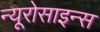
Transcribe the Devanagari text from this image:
न्यूरोसाइन्स